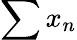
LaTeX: \sum x_{n}